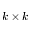
k \times k